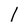
Character: l